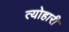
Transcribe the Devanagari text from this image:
त्योहारी